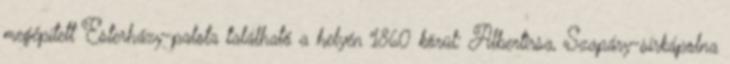
megépített Esterházy-palota található a helyén 1860 körül: Albertirsa, Szapáry-sírkápolna